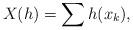
LaTeX: \begin{align*}X(h) = \sum h(x_k),\end{align*}